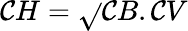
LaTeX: \mathcal{C}H={\sqrt{}{{\mathcal{C}B.\mathcal{C}V}}}